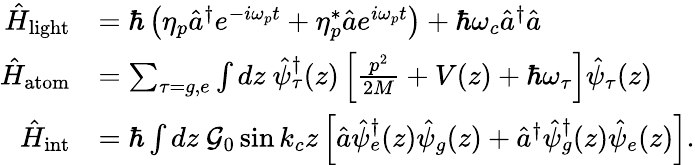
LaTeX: \begin{array}{rl}{\hat{H}_{{\mathrm{light}}}}&{=\hbar\left(\eta_{p}\hat{a}^{\dagger}e^{-i\omega_{p}t}+\eta_{p}^{*}\hat{a}e^{i\omega_{p}t}\right)+\hbar\omega_{c}\hat{a}^{\dagger}\hat{a}}\\ {\hat{H}_{{\mathrm{atom}}}}&{=\sum_{\tau=g,e}\int dz\ \hat{\psi}_{\tau}^{\dagger}(z)\left[\frac{p^{2}}{2M}+V(z)+\hbar\omega_{\tau}\right]\hat{\psi}_{\tau}(z)}\\ {\hat{H}_{{\mathrm{int}}}}&{=\hbar\int dz\ \mathcal{G}_{0}\sin k_{c}z\left[\hat{a}\hat{\psi}_{e}^{\dagger}(z)\hat{\psi}_{g}(z)+\hat{a}^{\dagger}\hat{\psi}_{g}^{\dagger}(z)\hat{\psi}_{e}(z)\right].}\end{array}